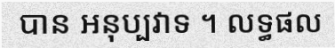
បាន អនុប្បវាទ ។ លទ្ធផល